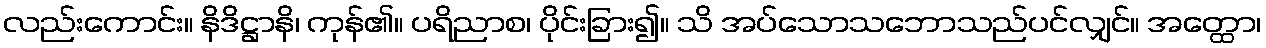
လည်းကောင်း။ နိဒိဋ္ဌာနိ၊ ကုန်၏။ ပရိညာစ၊ ပိုင်းခြား၍။ သိ အပ်သောသဘောသည်ပင်လျှင်။ အတ္ထော၊